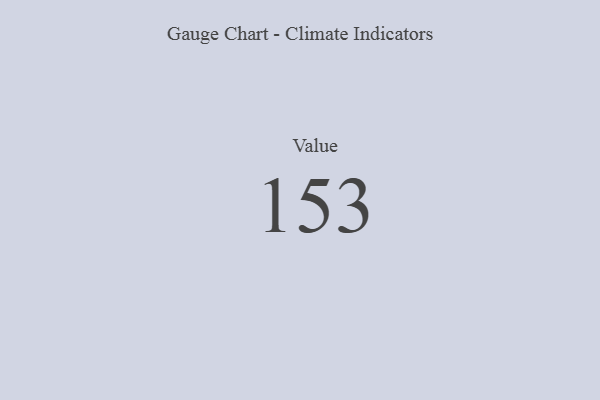
{"axis": {"x": "Metric", "y": "Value"}, "legend": [""], "data": [{"x": "Value", "y": 153, "type": ""}]}